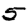
Digit: 5